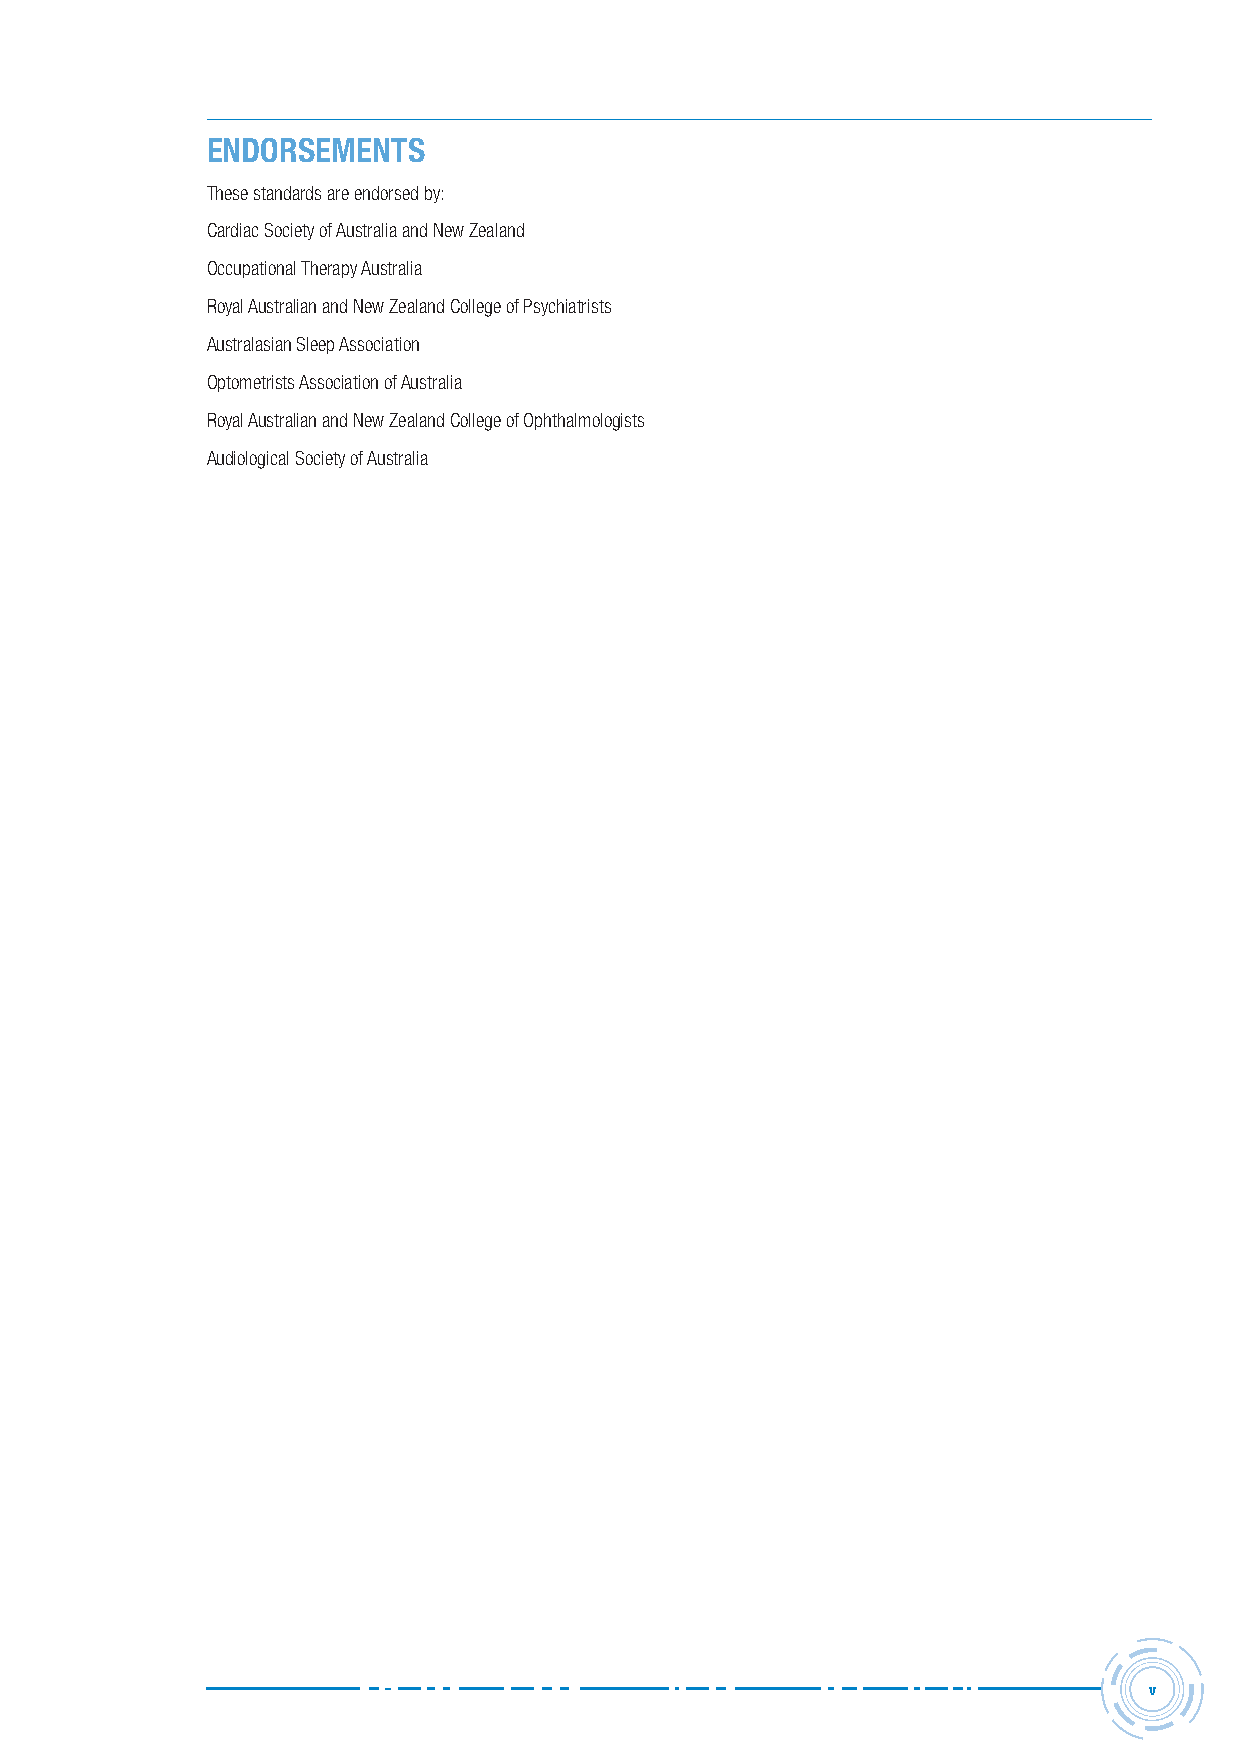
ENDORSEMENTS
 These standards are endorsed by:
 Cardiac Society of Australia and New Zealand
 Occupational Therapy Australia
 Royal Australian and New Zealand College of Psychiatrists
 Australasian Sleep Association
 Optometrists Association of Australia
 Royal Australian and New Zealand College of Ophthalmologists
 Audiological Society of Australia
 v